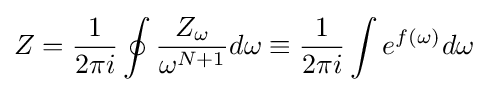
Z={\frac {1}{2\pi i}}\oint {\frac {Z_{\omega }}{\omega ^{N+1}}}d\omega \equiv {\frac {1}{2\pi i}}\int e^{f(\omega )}d\omega